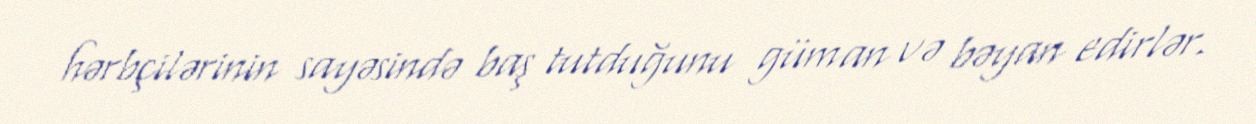
hərbçilərinin sayəsində baş tutduğunu güman və bəyan edirlər.